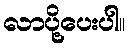
လာပို့ပေးပါ။